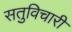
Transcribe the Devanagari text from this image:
सतुविचारी